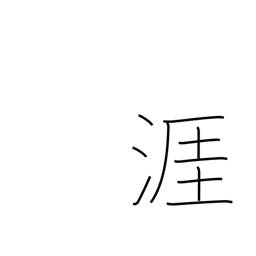
Meaning: shore